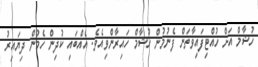
ހުޝާމް އަށް ހުއްޓިފައިވާތަން ފެނުމުން ހުޝާމް ހައިރާންވިއެވެ. އެއްބައި ކުދިން ހެމުން ދިޔައިރު